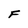
Character: F